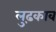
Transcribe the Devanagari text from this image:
लुढ़काव